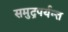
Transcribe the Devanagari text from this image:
समुद्रपर्यन्त